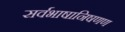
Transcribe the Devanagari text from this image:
सर्वभाषानिषणण